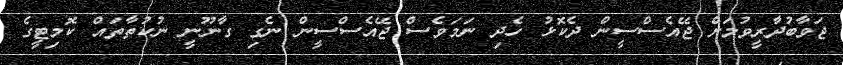
ޖަވާބުދާރީވުމަށް ޖޭއެސްސީން ދެކޮޅު ހެދި ނަމަވެސް ޖޭއެސްސީން ނެގި ގާނޫނީ ނުކުތާތައް ކޮމިޓީގެ